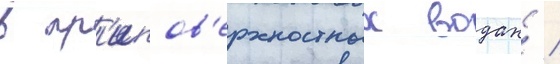
в пр'ипов'ерхностных водах /